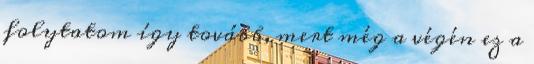
folytatom így tovább, mert még a végén ez a